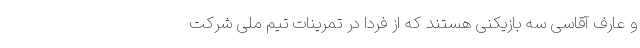
و عارف آقاسی سه بازیکنی هستند که از فردا در تمرینات تیم ملی شرکت